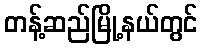
တန့်ဆည်မြို့နယ်တွင်